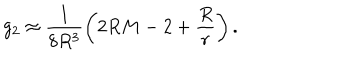
LaTeX: g _ { 2 } \approx \frac { 1 } { 8 R ^ { 3 } } \left( 2 R M - 2 + \frac { R } { r } \right) .